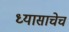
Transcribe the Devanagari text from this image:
ध्यासाचेच